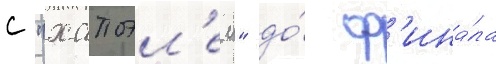
с "хапоэл'ем" до́ ф'ина́ла